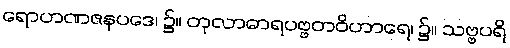
ရောဟဏဇနပဒေ၊ ၌။ တုလာဓာရပဗ္ဗတဝိဟာရေ၊ ၌။ သဗ္ဗပရိ